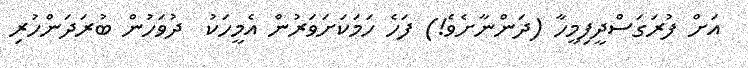
އަށް ފުރަގަސްދީފިމީހާ (ދަންނާށެވެ!) ފަހެ ހަމަކަށަވަރުން އެމީހަކު  ދުވަހުން ބުރަދަންހުރި